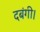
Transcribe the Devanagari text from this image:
दबंगी।